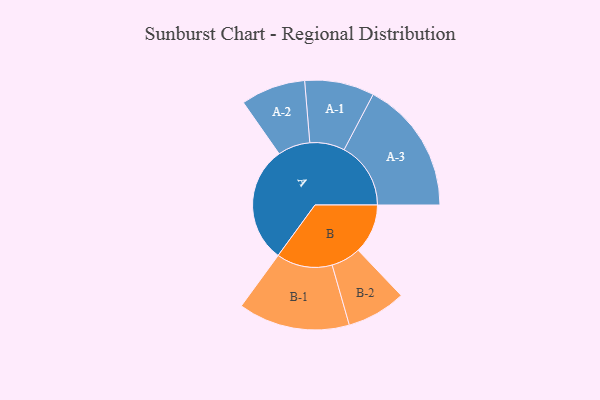
{"axis": {"x": "Segment", "y": "Value"}, "legend": ["", "A", "B"], "data": [{"x": "A", "y": 472, "type": ""}, {"x": "B", "y": 201, "type": ""}, {"x": "A-1", "y": 141, "type": "A"}, {"x": "A-2", "y": 131, "type": "A"}, {"x": "A-3", "y": 270, "type": "A"}, {"x": "B-1", "y": 226, "type": "B"}, {"x": "B-2", "y": 120, "type": "B"}]}